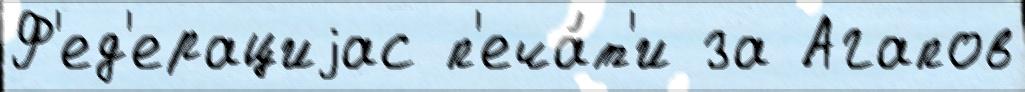
Ф'ед'ерациjас п'еча́т'и за Агапов